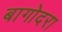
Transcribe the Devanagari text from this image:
बागोदरा